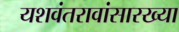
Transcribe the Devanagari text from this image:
यशवंतरावांसारख्या